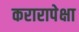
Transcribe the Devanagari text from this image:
करारापेक्षा